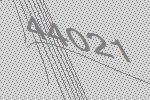
44021